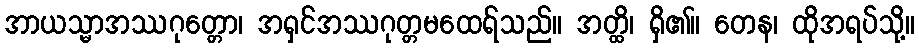
အာယသ္မာအဿဂုတ္တော၊ အရှင်အဿဂုတ္တမထေရ်သည်။ အတ္ထိ၊ ရှိ၏။ တေန၊ ထိုအရပ်သို့။